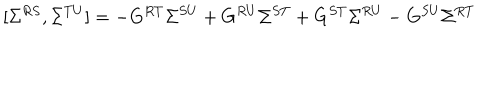
[ \Sigma ^ { R S } , \Sigma ^ { T U } ] = - G ^ { R T } \Sigma ^ { S U } + G ^ { R U } \Sigma ^ { S T } + G ^ { S T } \Sigma ^ { R U } - G ^ { S U } \Sigma ^ { R T }